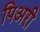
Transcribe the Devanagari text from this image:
पिअरी